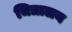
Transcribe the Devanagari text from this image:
चित्रालय